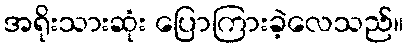
အရိုးသားဆုံး ပြောကြားခဲ့လေသည်။